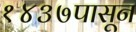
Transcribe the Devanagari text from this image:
१४३७पासून